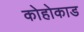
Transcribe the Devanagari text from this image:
कोहोकाड